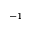
^ { - 1 }